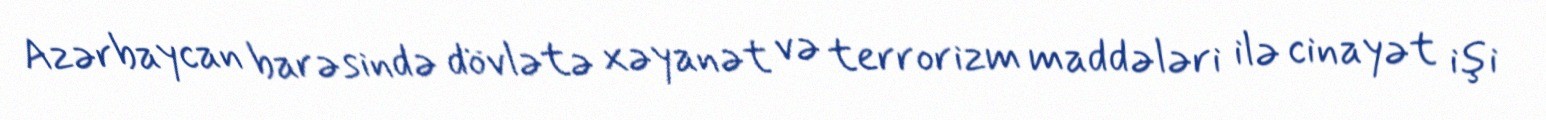
Azərbaycan barəsində dövlətə xəyanət və terrorizm maddələri ilə cinayət işi